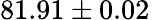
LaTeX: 81.91\pm 0.02\